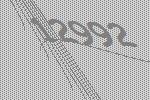
12992